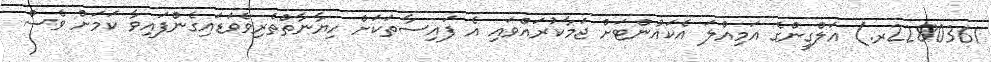
2280361ރ.) އަލްގީންގެ އަމިއްލަ އެކައުންޓަށް ޖަމާކުރައްވައި އެ ފައިސާތަކަށް ހިޔާނާތްތެރިވެވަޑައިގެންފައިވާ ކަމަށް ވެސް